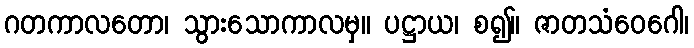
ဂတကာလတော၊ သွားသောကာလမှ။ ပဋ္ဌာယ၊ စ၍။ ဇာတသံဝေဂေါ၊